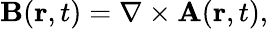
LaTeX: \mathbf{B}(\mathbf{r},t)=\nabla\times\mathbf{A}(\mathbf{r},t),